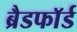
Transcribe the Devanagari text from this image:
ब्रैडफाॅर्ड